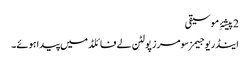
2 پیشۂِ موسیقی
اینڈریو جیمز سومرز پولٹن لے فائلڈ میں پیدا ہوئے۔